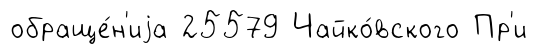
обраще́н'иjа 25579 Чайко́вского Пр'и